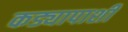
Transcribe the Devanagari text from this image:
कड्यापाशी